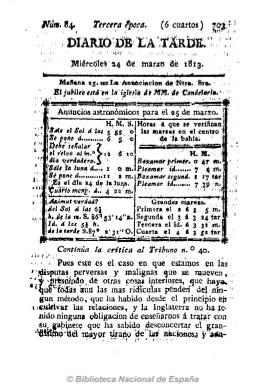
Título: Diario de la tarde (Cádiz)
Colección: Periódicos anteriores a 1850
Ámbito geográfico: Cádiz
Lugar de publicación: Cádiz
Fechas: 24/03/1813-28/06/1814

Debió de comenzar a publicarse el 24 de agosto de 1811, promovido por el autoritario aristócrata y bibliófilo jerezano Miguel María Panés y Pabón, marqués de Villapanés, que desde 1810 venía también editando el bisemanal El censor general, que había sacado en réplica al liberal El conciso (1810-1814). De carácter antirreformista y reaccionario, al principio era una especie de boletín informativo, que aparecerá a partir de las siete de la tarde, dando cuenta de la sesión de Cortes de ese día.

Comienza cada entrega con el santoral y culto religioso, así como con unas extensas observaciones meteorológicas, quizás para competir en ello con el Diario mercantil de Cádiz (1802-1837), para a continuación incluir artículos de crítica y debate político, pero también tendrá carácter informativo. Solís Llorente califica la prosa de este vespertino de “pesada y poco brillante”, y aunque le tilda de ser “el más sensato” del bando servil gaditano, sus textos serán de naturaleza dogmática. Polemizará con los periódicos liberales con un sentido victimista, además de abusar del insulto. De tal forma que la Junta de Censura le acusó de “sedicioso, incendiario, subversivo, injurioso y calumnioso”:

Se dedicó pues a criticar las ideas liberales y constitucionales, siendo ferviente defensor de la Inquisición, que identifica con los católicos, llamando herejes a los opositores de esta institución del absolutismo.

Empezó a imprimirse por José María Guerrero, pero también salió de las imprentas de Vicente Lema, Nicolás Gómez Requena y, por último de la de Antonio Murguía, variando su formato, en números de cuatro páginas, y a veces de ocho. Inicia su tercera época a primeros de octubre de 1812. Será, junto al también servil Diario patriótico de Cádiz (1813-1814), el único periódico que se seguirá publicando en esta ciudad tras el golpe anticonstitucional de Fernando VII. A partir del 28 de junio de 1814 cambia su título -Diario de la tarde y censor general-, que también puede consultarse en esta Hemeroteca Digital.